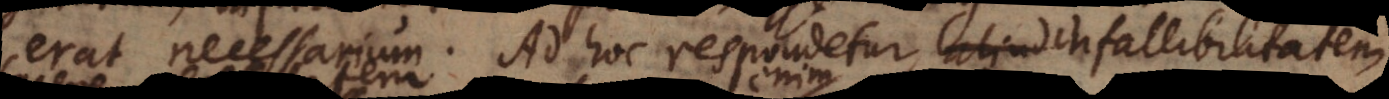
erat necessarium. Ad hoc respondetur, infallibilitatem